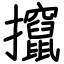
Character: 攛